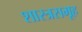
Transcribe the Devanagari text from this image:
शास्त्रसमूह